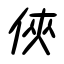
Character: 俠